King Institute of Preventive Medicine Bacteriolog. Section reports 1907-08
Year: 1907
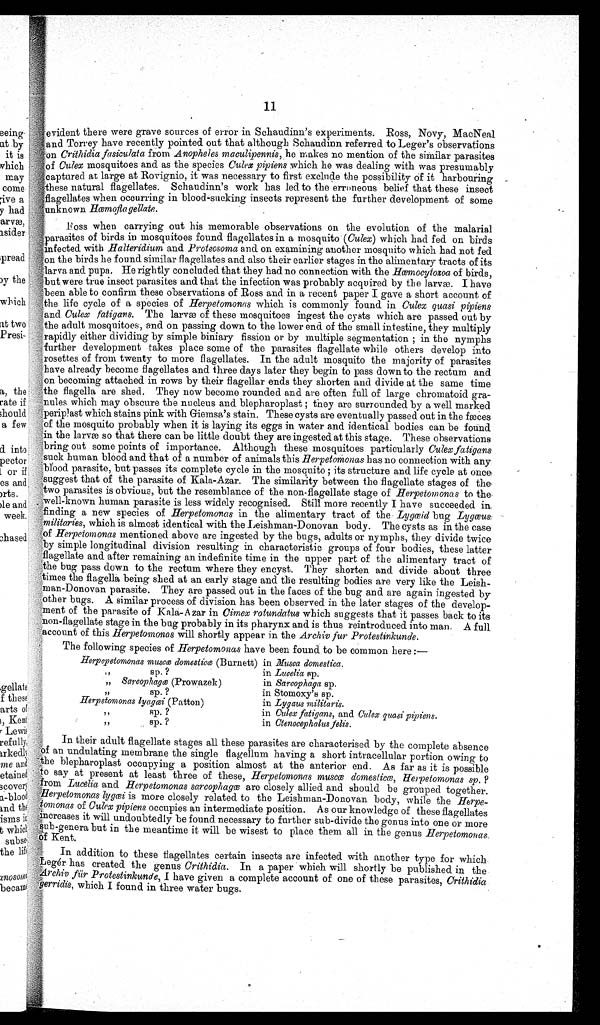
1 1
evident there were grave sources of error in Schaudinn's experiments. Ross, Novy, MacNeal
and Torrey have recently pointed out that although Schaudinn referred to Leger's observations
on Crithidia fasiculata from Anopheles maculipennis,he makes no mention of the similar parasites
of Culex mosquitoes and as the species Culex pipiens which he was dealing with was presumably
captured at large at Rovignio, it was necessary to first exclude the possibility of it harbouring
these natural flagellates. Schaudinn's work has led to the erroneous belief that these insect
flagellates when occurring in blood-sucking insects represent the further development of some
unknown Hœmofla flagellate.
Ross when carrying out his memorable observations on the evolution of the malarial
parasites of birds in mosquitoes found flagellates in a mosquito (Culex) which had fed on birds
infected. with Halteridium and Proteosoma and on examining another mosquito which had not fed
on the birds he found similar flagellates and also their earlier stages in the alimentary tracts of its
.
larva and pupa. He rightly concluded that they had. no connection with the Hœmocytozoa of birds,
but were true insect parasites and that the infection was probably acquired by the larva. I have
been able to confirm these observations of Ross and in a recent paper I gave a short account of
the life cycle of a species of Herpetomonas which is commonly found in Culex quasi pipiens
and Culex fatigans. The larvæ of these mosquitoes ingest the cysts which are passed out by
the adult mosquitoes, and on passing down to the lower end of the small intestine, they multiply
rapidly either dividing by simple biniary fission or by multiple segmentation ; in the nymphs
further development takes place some of the parasites flagellate while others develop into
rosettes of from twenty to more flagellates. In the adult mosquito the majority of parasites
have already become flagellates and three days later they begin to pass down to the rectum and
on becoming attached in rows by their flagellar ends they shorten and divide at the same time
the flagella are shed. They now become rounded and are often full of large chromatoid gra-
nules which may obscure the nucleus and blepharoplast ; they are surrounded by a well marked
periplast which stains pink with Giemsa's stain. These cysts are eventually passed out in the fæces
of the mosquito probably when it is laying its eggs in water and identical bodies can be found
in the larvæ so that there can be little doubt they are ingested at this stage. These observations
bring out some points of importance. Although these mosquitoes particularly Culex fatigans
suck human blood and that of a number of animals this Herpetomonas has no connection with any
blood parasite, but passes its complete cycle in the mosquito ; its structure and life cycle at once
suggest that of the parasite of Kala-Azar. The similarity between the flagellate stages of the
two parasites is obvious, but the resemblance of the non-flagellate stage of Herpetomonas to the
well-known human parasite is less widely recognised. Still more recently I have succeeded in
finding a new species of Herpetomonas in the alimentary tract of the Lygœid bug
Lygœus
militaries, which is almost identical with the Leishman-Donovan body. The cysts as in the case
of Herpetomonas mentioned above are ingested by the bugs, adults or nymphs, they divide twice
by simple longitudinal division resulting in characteristic groups of four bodies, these latter
flagellate and after remaining an indefinite time in the upper part of the alimentary tract of
t h e b u g p a s s d o w n t o t h e r e c t u m w h e r e t h e y e n c y s t . T h e y s h o r t e n a n d d i v i d e a b o u t t h r e e
times the flagella being shed at an early stage and the resulting bodies are very like the Leish
man-Donovan parasite. They are passed out in the faces of the bug and are again ingested
by other bugs. A similar process of division has been observed in the later stages of the develop-
ment of the parasite of Kala-A zar in Cimex rotundatus which suggests that it passes back to its
non-flagellate stage in the bug probably in its pharynx and is thus reintroduced into man. A full
account of this Herpetomonas will shortly appear in the Archiv fur Protestinkunde.
The following species of Herpetomonas have been found to be common here:—
Herpepetomonas muscœ domesticœ (Burnett) in Musca domestica.
sp. ?
in Lucelia sp.
„ Sarcophagœ (Prowazek)
in Sarcophaga sp.
,,
sp. ?
in Stomoxy's sp.
Herpetomonas lyagœi (Patton)
in Lygaus militaris.
,,
, 8p. ? in Culex fatigans, and Culex quasi pipiens.
,,
sp. ?
in Ctenocephalus fells.
In their adult flagellate stages all these parasites are characterised by the complete absence
of an undulating membrane the single flagellum having a short intracellular portion owing to
the blepharoplast occupying a position almost at the anterior end. As far as it is possible
to say at present at least three of these, Herpetomonas muscœ domesticœ, Herpetomonas sp. P
from Lucelia and Herpetomonas sarcophagœ are closely allied and should be grouped together.
o
f Herpetomonas lygœi is more closely related to the Leishman-Donovan body, while the Herp
tomonas of Culex pipiens occupies an intermediate position. As our knowledge of these flagellates
increases it will undoubtedly be found necessary to further sub-divide the genus into one or more
sub-genera but in the meantime it will be wisest to place them all in the genus
Herpetomonas of Kent.
In addition to these flagellates certain insects are infected with another type for which
Leger has created the genus Crithidia. In a paper which will shortly be published in the
Archiv für Protestinkunde, I have given a complete account of one of these parasites, Crithidia
gerridis, which I found in three water bugs.